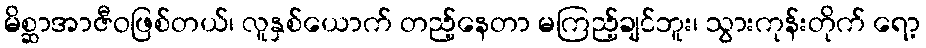
မိစ္ဆာအာဇီဝဖြစ်တယ်၊ လူနှစ်ယောက် တည့်နေတာ မကြည့်ချင်ဘူး၊ သွားကုန်းတိုက် ရော့